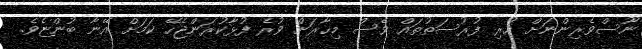
ނޫސްވެރިންނަށް ހުރި ފުރުސަތުތައް ވެސް މިހާރަށް ވުރެ ފުޅާކުރަންޖެހޭ ކަމަށް އޭނާ ބުންޏެވެ.